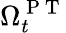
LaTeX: \Omega_{t}^{\mathrm{~P~T~}}